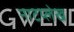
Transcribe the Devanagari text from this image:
नाटय्लेख